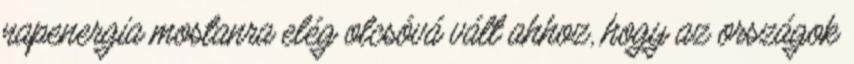
napenergia mostanra elég olcsóvá vált ahhoz, hogy az országok